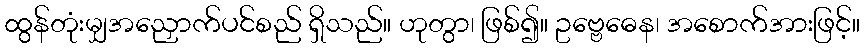
ထွန်တုံးမျှအညှောက်ပင်စည် ရှိသည်။ ဟုတွာ၊ ဖြစ်၍။ ဥဗ္ဗေဓေန၊ အစောက်အားဖြင့်။